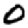
Digit: 0